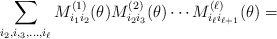
\begin{align*}\sum_{i_2, i,_3, \ldots, i_{\ell}}M^{(1)}_{i_1i_2}(\theta)M^{(2)}_{i_2i_3}(\theta) \cdots M^{(\ell)}_{i_{\ell}i_{\ell+1}}(\theta)=\end{align*}